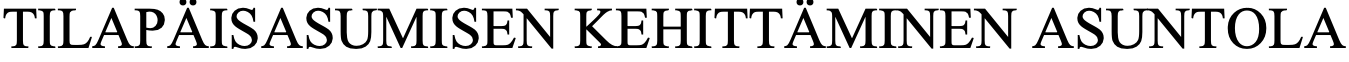
TILAPÄISASUMISEN   KEHITTÄMINEN   ASUNTOLA